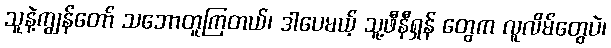
သူနဲ့ကျွန်တော် သဘောတူကြတယ်၊ ဒါပေမယ့် သူ့ဖီနီရှန် တွေက လူလိမ်တွေပဲ၊